Report on sanitation, dispensaries, and jails in Rajputana for 1910, and on vaccination for the year 1910-1911 - 1910-1911
Year: 1910
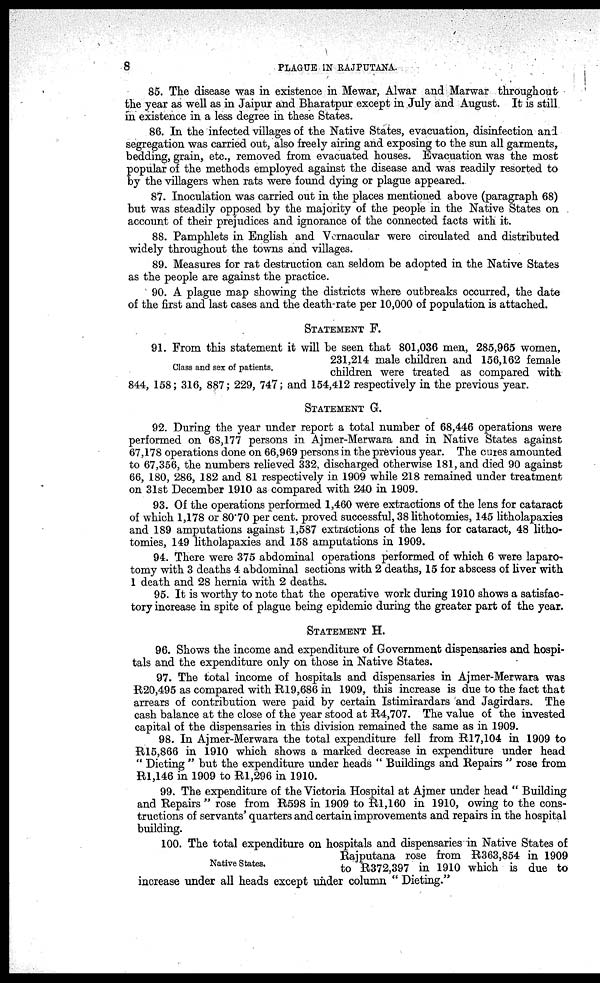
8
PLAGUE IN RAJPUTANA.
85. The disease was in existence in Mewar, Alwar and Marwar throughout
the year as well as in Jaipur and Bharatpur except in July and August. It is still
in existence in a less degree in these States.
86. In the infected villages of the Native States, evacuation, disinfection and
segregation was carried out, also freely airing and exposing to the sun all garments,
bedding, grain, etc., removed from evacuated houses. Evacuation was the most
popular of the methods employed against the disease and was readily resorted to
by the villagers when rats were found dying or plague appeared.
87. Inoculation was carried out in the places mentioned above (paragraph 68)
but was steadily opposed by the majority of the people in the Native States on
account of their prejudices and ignorance of the connected facts with it.
88. Pamphlets in English and Vernacular were circulated and distributed
widely throughout the towns and villages.
89. Measures for rat destruction can seldom be adopted in the Native States
as the people are against the practice.
90. A plague map showing the districts where outbreaks occurred, the date
of the first and last cases and the death-rate per 10,000 of population is attached.
STATEMENT F.
Class and sex of patients.
91. From this statement it will be seen that 801,036 men, 285,965 women,
231,214 male children and 156,162 female
children were treated as compared with
844, 158; 316, 887; 229, 747; and 154,412 respectively in the previous year.
STATEMENT G.
92. During the year under report a total number of 68,446 operations were
performed on 68,177 persons in Ajmer-Merwara and in Native States against
67,178 operations done on 66,969 persons in the previous year. The cures amounted
to 67,356, the numbers relieved 332, discharged otherwise 181, and died 90 against
66, 180, 286, 182 and 81 respectively in 1909 while 218 remained under treatment
on 31st December 1910 as compared with 240 in 1909.
93. Of the operations performed 1,460 were extractions of the lens for cataract
of which 1,178 or 80.70 per cent. proved successful, 38 lithotomies, 145 litholapaxies
and 189 amputations against 1,587 extractions of the lens for cataract, 48 litho-
tomies, 149 litholapaxies and 158 amputations in 1909.
94. There were 375 abdominal operations performed of which 6 were laparo¬
tomy with 3 deaths 4 abdominal sections with 2 deaths, 15 for abscess of liver with
1 death and 28 hernia with 2 deaths.
95. It is worthy to note that the operative work during 1910 shows a satisfac-
tory increase in spite of plague being epidemic during the greater part of the year.
STATEMENT H.
96. Shows the income and expenditure of Government dispensaries and hospi-
tals and the expenditure only on those in Native States.
97. The total income of hospitals and dispensaries in Ajmer-Merwara was
R20,495 as compared with R19,686 in 1909, this increase is due to the fact that
arrears of contribution were paid by certain Istimirardars and Jagirdars. The
cash balance at the close of the year stood at R4,707. The value of the invested
capital of the dispensaries in this division remained the same as in 1909.
98. In Ajmer-Merwara the total expenditure fell from R17,104 in 1909 to
R15,866 in 1910 which shows a marked decrease in expenditure under head
" Dieting " but the expenditure under heads " Buildings and Repairs " rose from
R1,146 in 1909 to R1,296 in 1910.
99. The expenditure of the Victoria Hospital at Ajmer under head " Building
and Repairs " rose from R598 in 1909 to R1,160 in 1910, owing to the cons-
tructions of servants' quarters and certain improvements and repairs in the hospital
building.
Native States.
100. The total expenditure on hospitals and dispensaries in Native States of
Rajputana rose from R363,854 in 1909
to R372,397 in 1910 which is due to
increase under all heads except under column " Dieting."